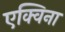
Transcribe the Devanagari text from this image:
एक्विना